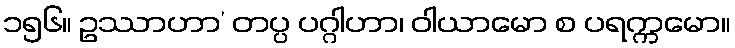
၁၅၆။ ဥဿာဟာ’ တပ္ပ ပဂ္ဂါဟာ၊ ဝါယာမော စ ပရက္ကမော။